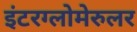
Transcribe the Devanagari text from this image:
इंटरग्लोमेरुलर